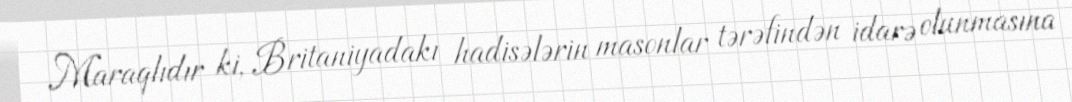
Maraqlıdır ki, Britaniyadakı hadisələrin masonlar tərəfindən idarə olunmasına